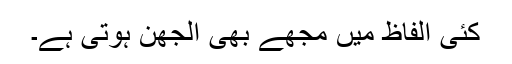
کئی الفاظ میں مجھے بھی الجھن ہوتی ہے۔